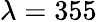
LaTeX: \lambda=355